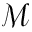
\mathcal { M }